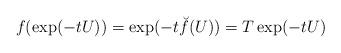
LaTeX: \begin{align*} f(\exp(-t U)) = \exp(-t \breve f (U)) = T \exp(-t U)\end{align*}